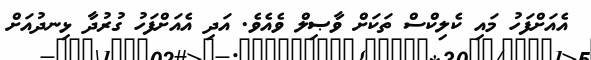
އެއަށްފަހު މައި ކެލިކްސް ތަކަށް ވާޞިލް ވެއެވެ. އަދި އެއަށްފަހު ގުރުދާ ޅިނދުއަށް